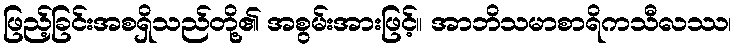
ဖြည့်ခြင်းအစရှိသည်တို့၏ အစွမ်းအားဖြင့်။ အာဘိသမာစာရိကသီလဿ၊